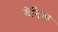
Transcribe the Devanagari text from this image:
श्रेनिक